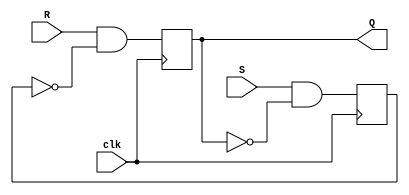
module sr_ff (
    input S, // Set input
    input R, // Reset input
    input clk, // Clock input
    output reg Q // Output for stored data
);

reg Q1, Q2;

always @(posedge clk) begin
    Q1 <= S & ~Q2; // Master stage logic
    Q2 <= R & ~Q1; // Slave stage logic
end

assign Q = Q2; // Output data from slave stage

endmodule